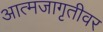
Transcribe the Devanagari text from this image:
आत्मजागृतीवर